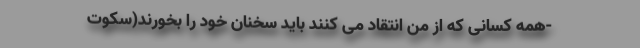
-همه کسانی که از من انتقاد می کنند باید سخنان خود را بخورند(سکوت